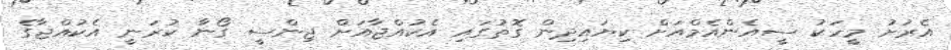
އެރަށު މީހަކު ސީއެންއެމްއަށް ކިޔައިދިން ގޮތުގައި އެކުއްޖާއަށް ޖިންސީ ގޯނާ ކުރަނީ އެކުއްޖާގެ